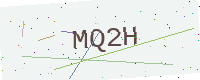
Text: MQ2H